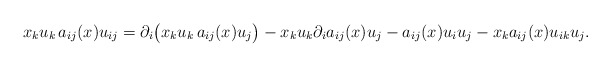
\begin{align*}x_{k} u_{k} \, a_{ij}(x) u_{ij}= \partial_i\big(x_{k} u_{k} \, a_{ij}(x) u_{j}\big) - x_{k} u_{k} \partial_i a_{ij}(x) u_{j} - a_{ij}(x)u_{i}u_{j} - x_{k}a_{ij}(x)u_{ik} u_{j}.\end{align*}